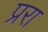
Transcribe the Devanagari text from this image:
प्ररा